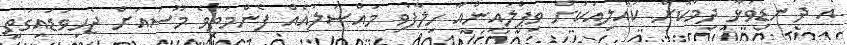
އެ ދަނޑިވަޅާ ދިމާކޮށް ކުއްލިއަކަށް ވިޕްލައިންއާ ހިލާފުވި މައްސަލައެއް ފެންމަތިވެ މޫސަައަށް ޖެހިވަޑައިގަތީ